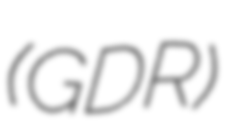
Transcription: (GDR)